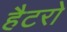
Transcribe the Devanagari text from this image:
हैटरो